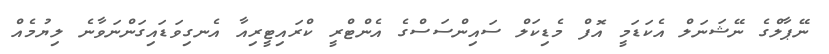
ނޭޕާލްގެ ނޭޝަނަލް އެކަޑަމީ އޮފް މެޑިކަލް ސައިންސަސްގެ އެންޓްރީ ކްރައިޓީރިއާ އެނގިވަޑައިގަންނަވާނެ ލިޔުމެއް